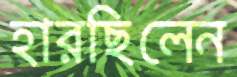
হারছিলেন